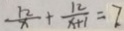
\frac { 1 2 } { x } + \frac { 1 2 } { x + 1 } = 7